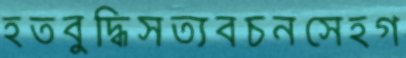
হতবুদ্ধিসত্যবচনসেহগ